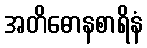
အတိဓောနစာရိနံ